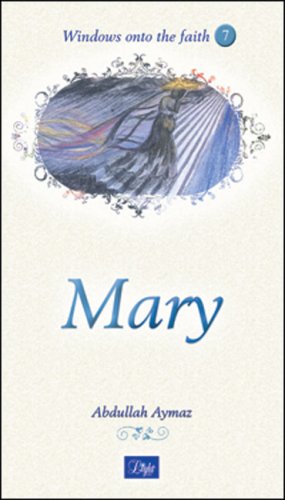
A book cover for Mary (Windows onto the Faith series); Abdullah Aymaz; Religion & Spirituality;